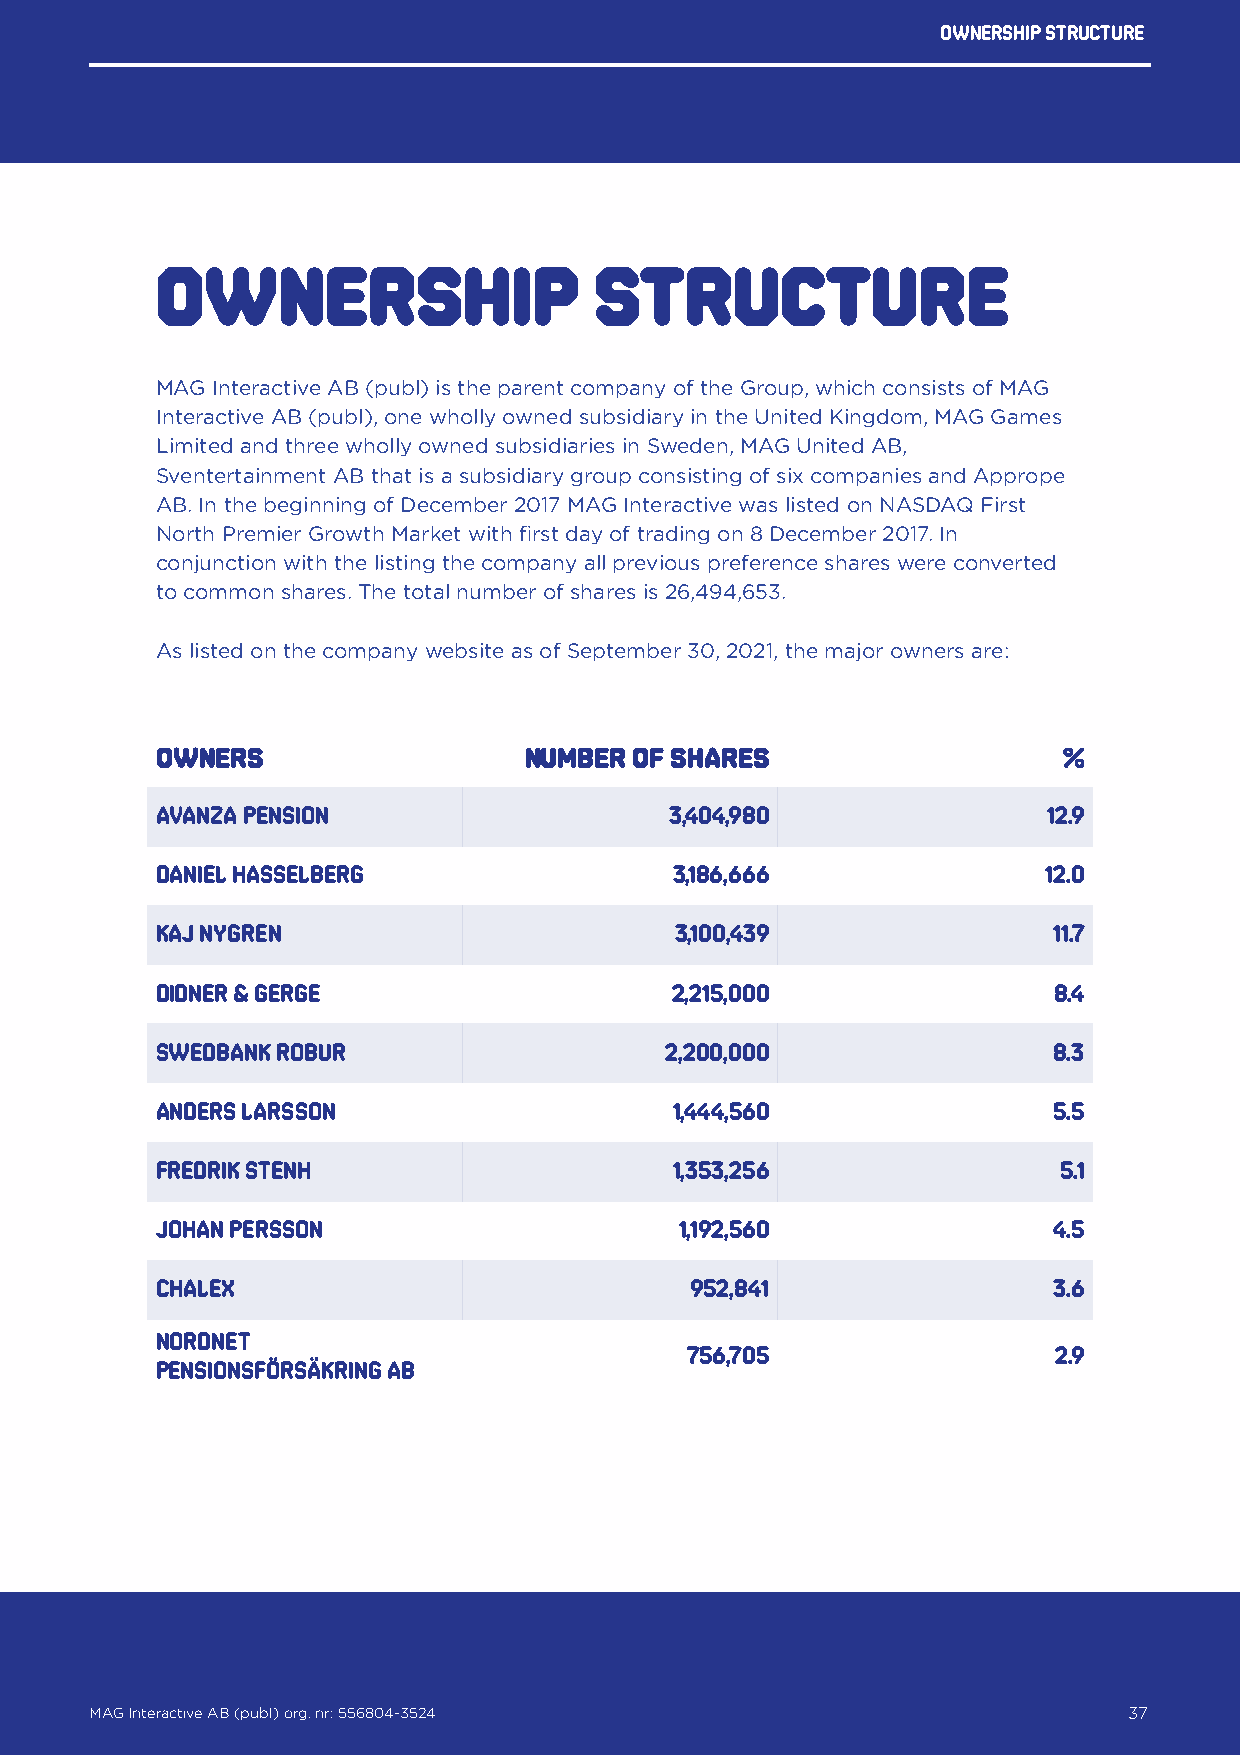
Ownership structure
 Ownership                    structure
 MAG Interactive AB (publ) is the parent company of the Group, which consists of MAG
 Interactive AB (publ), one wholly owned subsidiary in the United Kingdom, MAG Games
 Limited and three wholly owned subsidiaries in Sweden, MAG United AB,
 Sventertainment AB that is a subsidiary group consisting of six companies and Apprope
 AB. In the beginning of December 2017 MAG Interactive was listed on NASDAQ First
 North Premier Growth Market with first day of trading on 8 December 2017. In
 conjunction with the listing the company all previous preference shares were converted
 to common shares. The total number of shares is 26,494,653.
 As listed on the company website as of September 30, 2021, the major owners are:
 Owners                   Number of shares                   %
 Avanza Pension                    3,404,980                12.9
 Daniel Hasselberg                  3,186,666               12.0
 Kaj Nygren                         3,100,439                11.7
 Didner & Gerge                    2,215,000                 8.4
 Swedbank Robur                    2,200,000                 8.3
 Anders Larsson                     1,444,560                5.5
 FREDRIK STENH                      1,353,256                5.1
 Johan Persson                      1,192,560                4.5
 Chalex                              952,841                 3.6
 Nordnet
 756,705                  2.9
 Pensionsförsäkring AB
 MAG Interactive AB (publ) org. nr: 556804-3524                   37
 MAG Interactive AB (publ) org. nr: 556804-3524                       37